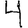
Digit: 4